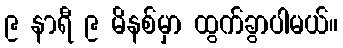
၉ နာရီ ၉ မိနစ်မှာ ထွက်ခွာပါမယ်။